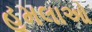
હૂમલાઓ